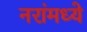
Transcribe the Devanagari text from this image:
नरांमध्ये